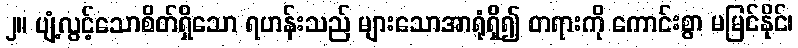
၂။ ပျံ့လွင့်သောစိတ်ရှိသော ရဟန်းသည် များသောအာရုံရှိ၍ တရားကို ကောင်းစွာ မမြင်နိုင်၊